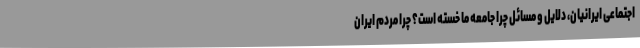
اجتماعی ایرانیان، دلایل و مسائل چرا جامعه ما خسته است؟ چرا مردم ایران